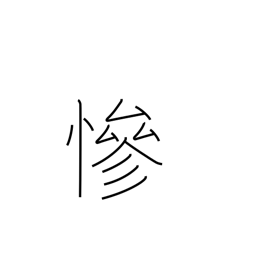
Meaning: cruel